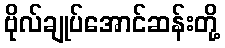
ဗိုလ်ချုပ်အောင်ဆန်းတို့